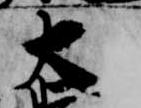
大